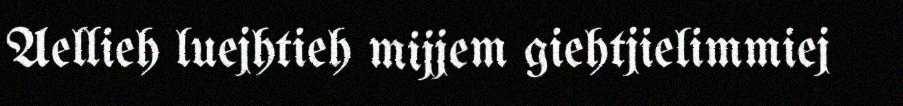
Aellieh luejhtieh mijjem giehtjielimmiej